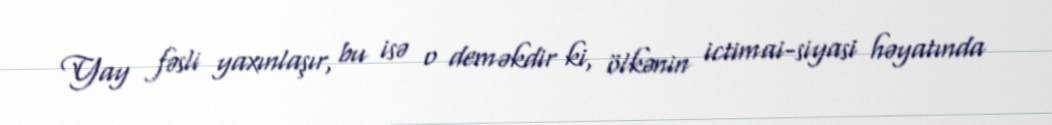
Yay fəsli yaxınlaşır, bu isə o deməkdir ki, ölkənin ictimai-siyasi həyatında